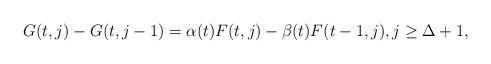
LaTeX: \begin{align*}G(t,j)-G(t,j-1)=\alpha(t)F(t,j) -\beta(t)F(t-1,j),j\ge \Delta+1,\end{align*}